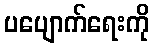
ပပျောက်ရေးကို